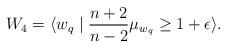
LaTeX: \begin{align*}W_{4}=\langle w_{q}\mid \frac{n+2}{n-2}\mu_{w_{q}} \geq 1+\epsilon\rangle.\end{align*}